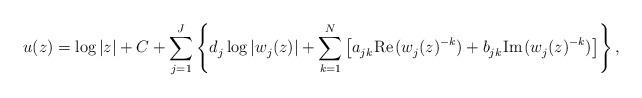
LaTeX: \begin{align*}u(z) = \log|z| + C +\sum_{j=1}^J \left\{ d_j^{} \log|w_j^{}(z)| + \sum_{k=1}^N \left[ a_{jk}^{}\kern 1pt\hbox{Re\kern 1pt} (w_j^{}(z)^{-k}) + b_{jk}^{}\kern 1pt\hbox{Im\kern 1pt} (w_j^{}(z)^{-k})\right] \right\},\end{align*}